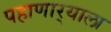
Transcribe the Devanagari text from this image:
पहाणार्‍याला